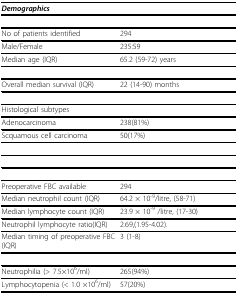
| <COLSPAN=2> Demographics |
 | --- | --- |
 | No of patients identified | 294 |
 | Male/Female | 235:59 |
 | Median age (IQR) | 65.2 (59-72) years |
 | Overall median survival (IQR) | 22 (14-90) months |
 | Histological subtypes |  |
 | Adenocarcinoma | 238(81%) |
 | Scquamous cell carcinoma | 50(17%) |
 | Preoperative FBC available | 294 |
 | Median neutrophil count (IQR) | 64.2 × 10-9/litre, (58-71) |
 | Median lymphocyte count (IQR) | 23.9 × 10-9 /litre, (17-30) |
 | Neutrophil lymphocyte ratio(IQR) | 2.69,(1.95-4.02). |
 | Median timing of preoperative FBC (IQR) | 3 (1-8) |
 | Neutrophilia (> 7.5×106/ml) | 265(94%) |
 | Lymphocytopenia (< 1.0 ×106/ml) | 57(20%) |